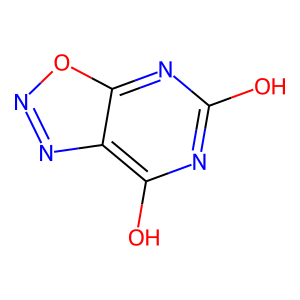
SMILES: Oc1nc(O)c2nnoc2n1
Inhibits HIV replication: No